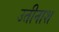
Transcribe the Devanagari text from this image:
उतीनाश